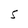
Character: S